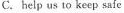
C.help us to keep safe